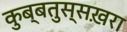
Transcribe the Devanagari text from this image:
कुब्बतुस्सख़रा